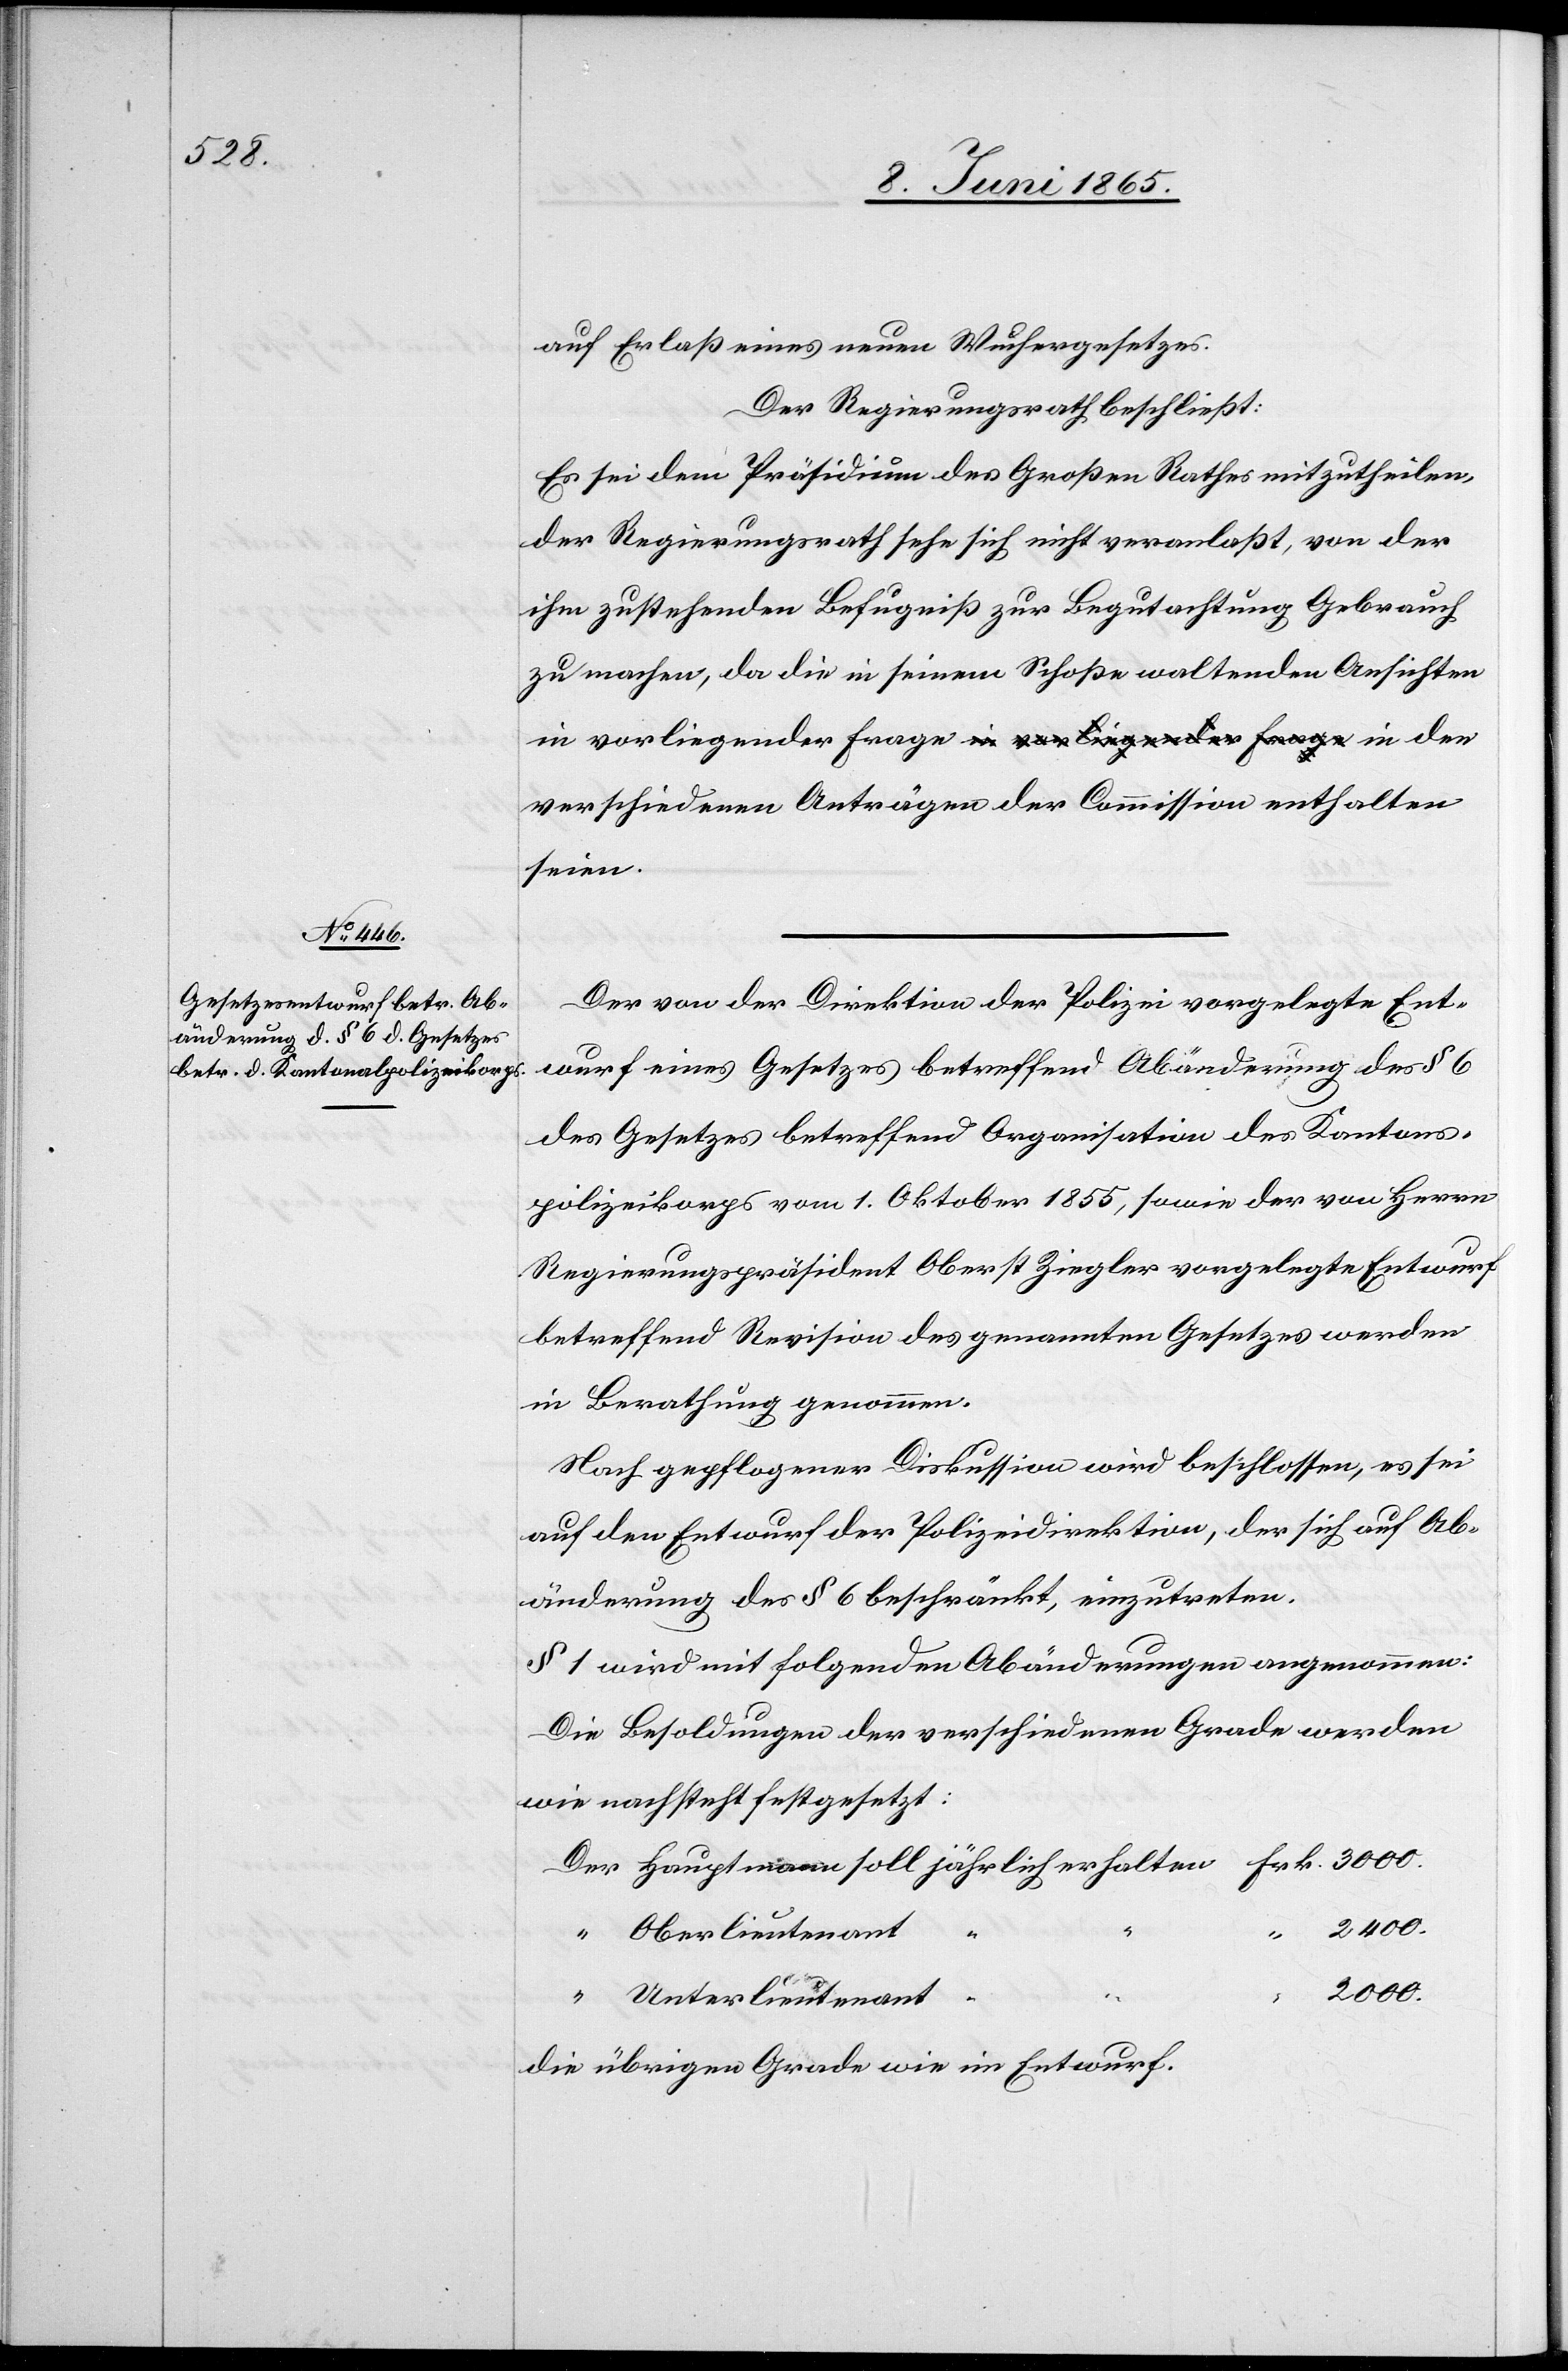
auf Erlaß eines neuen Wuchergesetzes.
Der Regierungsrath beschließt:
Es sei dem Präsidium des Großen Rathes mitzutheilen,
der Regierungsrath sehe sich nicht veranlaßt, von der
ihm zustehenden Befugniß zur Begutachtung Gebrauch
zu machen, da die in seinem Schoße waltenden Ansichten
in vorliegender Frage in den verschiedenen Anträgen der
seien.
Der von der Direktion der Polizei vorgelegte Ent¬
wurf eines Gesetzes betreffend Abänderung des § 6
des Gesetzes betreffend Organisation des Kantons¬
polizeikorps vom 1. Oktober 1855, sowie der von Herrn
Regierungspräsident Oberst Ziegler vorgelegte Entwurf
betreffend Revision des genannten Gesetzes werden
in Berathung genommen.
Nach gepflogener Diskussion wird beschlossen, es sei
auf den Entwurf der Polizeidirektion, der sich auf Ab¬
änderung des § 6 beschränkt, einzutreten.
§ 1 wird mit folgenden Abänderungen angenommen:
Die Besoldungen der verschiedenen Grade werden
wie nachsteht festgesetzt:
Der Hauptmann soll jährlich erhalten	Frk. 3000.
“ Oberlieutenant
2000.
“
“ Unterlieutenant
Die übrigen Grade wie im Entwurf.